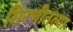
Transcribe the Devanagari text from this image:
गिरणीतल्या